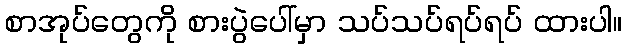
စာအုပ်တွေကို စားပွဲပေါ်မှာ သပ်သပ်ရပ်ရပ် ထားပါ။